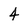
Character: 4